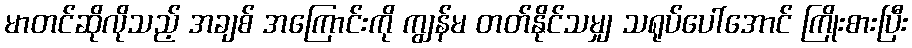
မာတင်ဆိုလိုသည့် အချစ် အကြောင်းကို ကျွန်မ တတ်နိုင်သမျှ သရုပ်ပေါ်အောင် ကြိုးစားပြီး